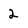
Character: 2